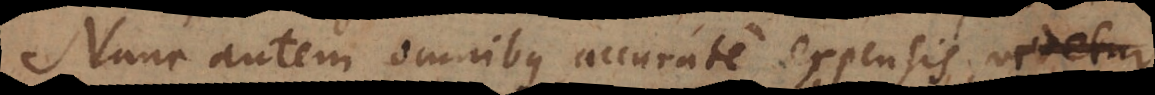
Nunc autem omnibus accurate expensis, videtur